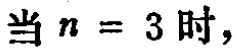
当 \(n = 3\) 时，